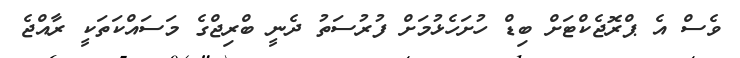
ވެސް އެ ޕްރޮޖެކްޓަށް ބިޑް ހުށަހެޅުމަށް ފުރުސަތު ދެނީ ބްރިޖްގެ މަސައްކަތަކީ ރާއްޖެ